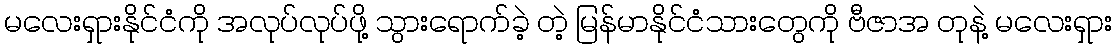
မလေးရှားနိုင်ငံကို အလုပ်လုပ်ဖို့ သွားရောက်ခဲ့ တဲ့ မြန်မာနိုင်ငံသားတွေကို ဗီဇာအ တုနဲ့ မလေးရှား